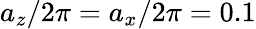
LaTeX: a_{z}/2\pi=a_{x}/2\pi=0.1